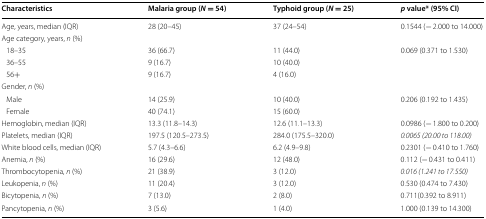
| Characteristics | Malaria group (N = 54) | Typhoid group (N = 25) | p value* (95% CI) |
 | --- | --- | --- | --- |
 | Age, years, median (IQR) | 28 (20–45) | 37 (24–54) | 0.1544 (− 2.000 to 14.000) |
 | <COLSPAN=4> Age category, years, n (%) |
 | 18–35 | 36 (66.7) | 11 (44.0) | <ROWSPAN=3> 0.069 (0.371 to 1.530) |
 | 36–55 | 9 (16.7) | 10 (40.0) |
 | 56+ | 9 (16.7) | 4 (16.0) |
 | <COLSPAN=4> Gender, n (%) |
 | Male | 14 (25.9) | 10 (40.0) | <ROWSPAN=2> 0.206 (0.192 to 1.435) |
 | Female | 40 (74.1) | 15 (60.0) |
 | Hemoglobin, median (IQR) | 13.3 (11.8–14.3) | 12.6 (11.1–13.3) | 0.0986 (− 1.800 to 0.200) |
 | Platelets, median (IQR) | 197.5 (120.5–273.5) | 284.0 (175.5–320.0) | 0.0065 (20.00 to 118.00) |
 | White blood cells, median (IQR) | 5.7 (4.3–6.6) | 6.2 (4.9–9.8) | 0.2301 (− 0.410 to 1.760) |
 | Anemia, n (%) | 16 (29.6) | 12 (48.0) | 0.112 (− 0.431 to 0.411) |
 | Thrombocytopenia, n (%) | 21 (38.9) | 3 (12.0) | 0.016 (1.241 to 17.550) |
 | Leukopenia, n (%) | 11 (20.4) | 3 (12.0) | 0.530 (0.474 to 7.430) |
 | Bicytopenia, n (%) | 7 (13.0) | 2 (8.0) | 0.711(0.392 to 8.911) |
 | Pancytopenia, n (%) | 3 (5.6) | 1 (4.0) | 1.000 (0.139 to 14.300) |